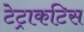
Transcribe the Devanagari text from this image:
टेट्राकटिस